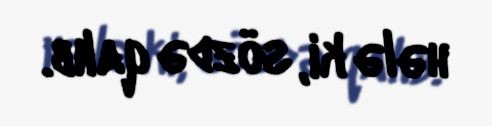
hələ ki, sözdə qalıb.